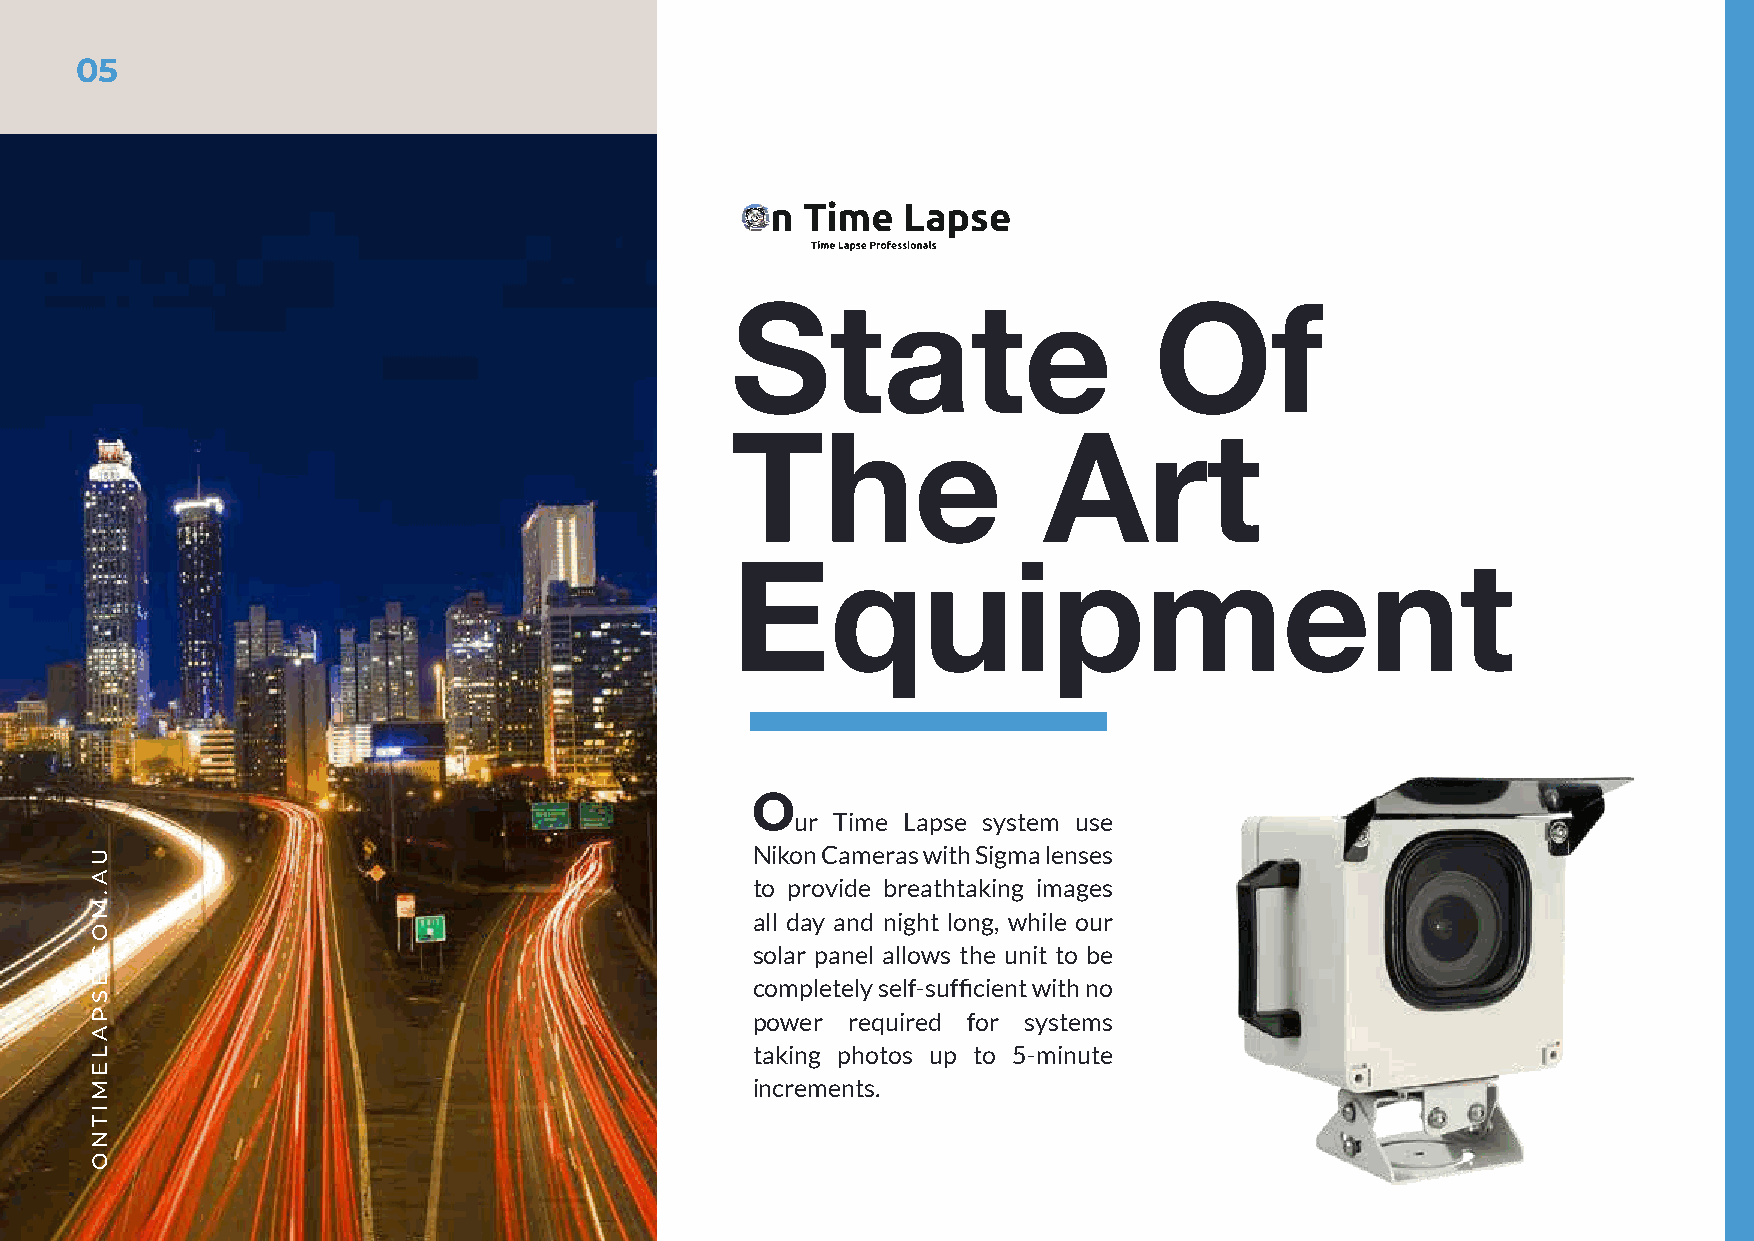
05
 State                       Of
 The                  Art
 Equipment
 O
 ur Time Lapse system use
 Nikon Cameras with Sigma lenses
 to provide breathtaking images
 all day and night long, while our
 solar panel allows the unit to be
 completely self-sufficient with no
 power required for systems
 taking photos up to 5-minute
 increments.
 UA.MOC.ESPALEMITNO